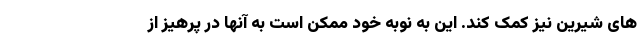
های شیرین نیز کمک کند. این به نوبه خود ممکن است به آنها در پرهیز از